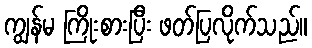
ကျွန်မ ကြိုးစားပြီး ဖတ်ပြလိုက်သည်။